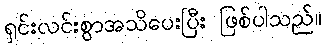
ရှင်းလင်းစွာအသိပေးပြီး ဖြစ်ပါသည်။